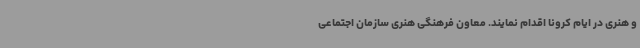
و هنری در ایام کرونا اقدام نمایند. معاون فرهنگی هنری سازمان اجتماعی